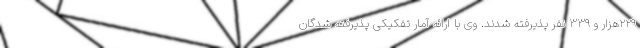
۲۲۹هزار و ۳۳۹ نفر پذیرفته شدند. وی با ارائه آمار تفکیکی پذیرفته شدگان